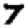
Digit: 7